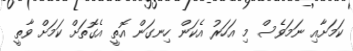
ކަމަށާއި ނަމަވެސް މި އަހަރު އެކަން ހިނގަން އޮތީ އެގޮތަށް ކަމަށް ވާތީ